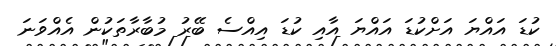
ކުޑަ އައްޔަ އަށްކުޑަ އައްޔަ އާއި ކުޑަ އިއްސެ ބޭރު މުބާރާތަކުން އެއްވަނަ